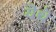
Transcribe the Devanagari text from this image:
यॆथॆ